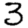
Digit: 3